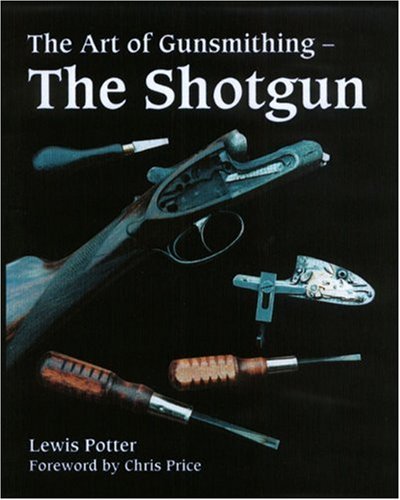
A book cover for The Art of Gunsmithing: The Shotgun; Lewis Potter; Crafts, Hobbies & Home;